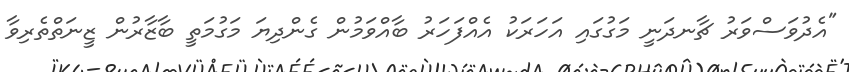
"އެދުވަސްވަރު ޗާނދަނީ މަގުގައި އަހަރަކު އެއްފަހަރު ބާއްވަމުން ގެންދިޔަ މަގުމަތީ ބާޒާރުން ޒީނަތްތެރިވާ